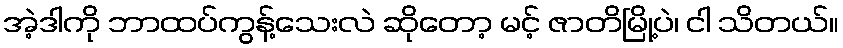
အဲ့ဒါကို ဘာထပ်ကွန့်သေးလဲ ဆိုတော့ မင့် ဇာတိမြို့ပဲ၊ ငါ သိတယ်။